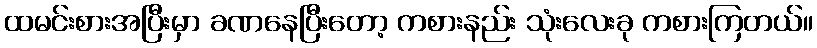
ထမင်းစားအပြီးမှာ ခဏနေပြီးတော့ ကစားနည်း သုံးလေးခု ကစားကြတယ်။